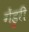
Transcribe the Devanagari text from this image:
गेंडुरी